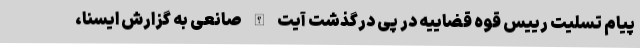
پیام تسلیت رییس قوه قضاییه در پی درگذشت آیت الله صانعی به گزارش ایسنا،